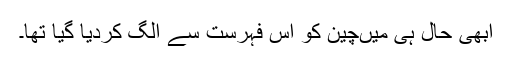
ابھی حال ہی میںچین کو اس فہرست سے الگ کردیا گیا تھا۔